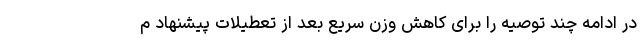
در ادامه چند توصیه را برای کاهش وزن سریع بعد از تعطیلات پیشنهاد م